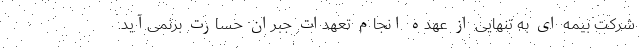
شرکت بیمه ای به تنهایی از عهده انجام تعهدات جبران حسارت برنمی‌آید.